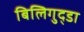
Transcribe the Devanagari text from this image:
बिलिगुद्डा